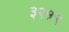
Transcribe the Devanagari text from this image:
३२१९